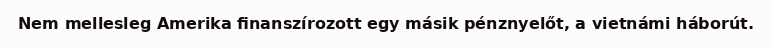
Nem mellesleg Amerika finanszírozott egy másik pénznyelőt, a vietnámi háborút.